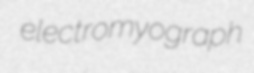
electromyograph